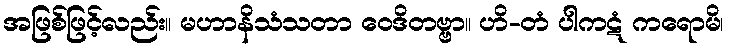
အဖြစ်ဖြင့်လည်း။ မဟာနိသံသတာ ဝေဒိတဗ္ဗာ။ ဟိ-တံ ပါကဋံ ကရောမိ၊